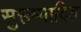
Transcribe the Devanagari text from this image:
सुसम्पादित